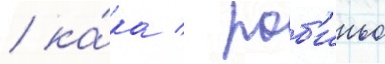
/ ка́ка / роб'иньо